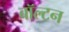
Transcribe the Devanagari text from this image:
बॉल्टन